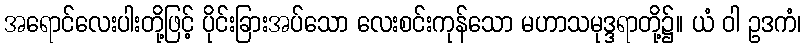
အရောင်လေးပါးတို့ဖြင့် ပိုင်းခြားအပ်သော လေးစင်းကုန်သော မဟာသမုဒ္ဒရာတို့၌။ ယံ ဝါ ဥဒကံ၊